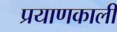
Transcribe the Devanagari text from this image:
प्रयाणकालीं